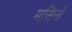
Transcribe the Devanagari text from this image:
मसिनो